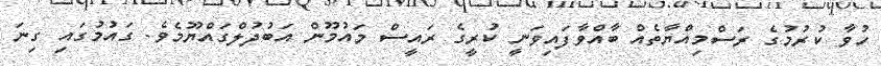
ހުވާ ކުރުމުގެ ރަސްމިއްޔާތެއް ބާއްވާފައިވަނީ ކުރީގެ ރައީސް މައުމޫން އަބުދުލްގައްޔޫމެވެ. ގައުމުގައި ގިނަ